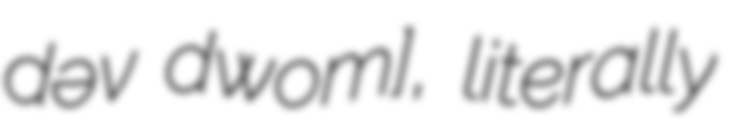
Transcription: dəvɑ̃ dwomɔ̃], literally